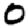
Digit: 0